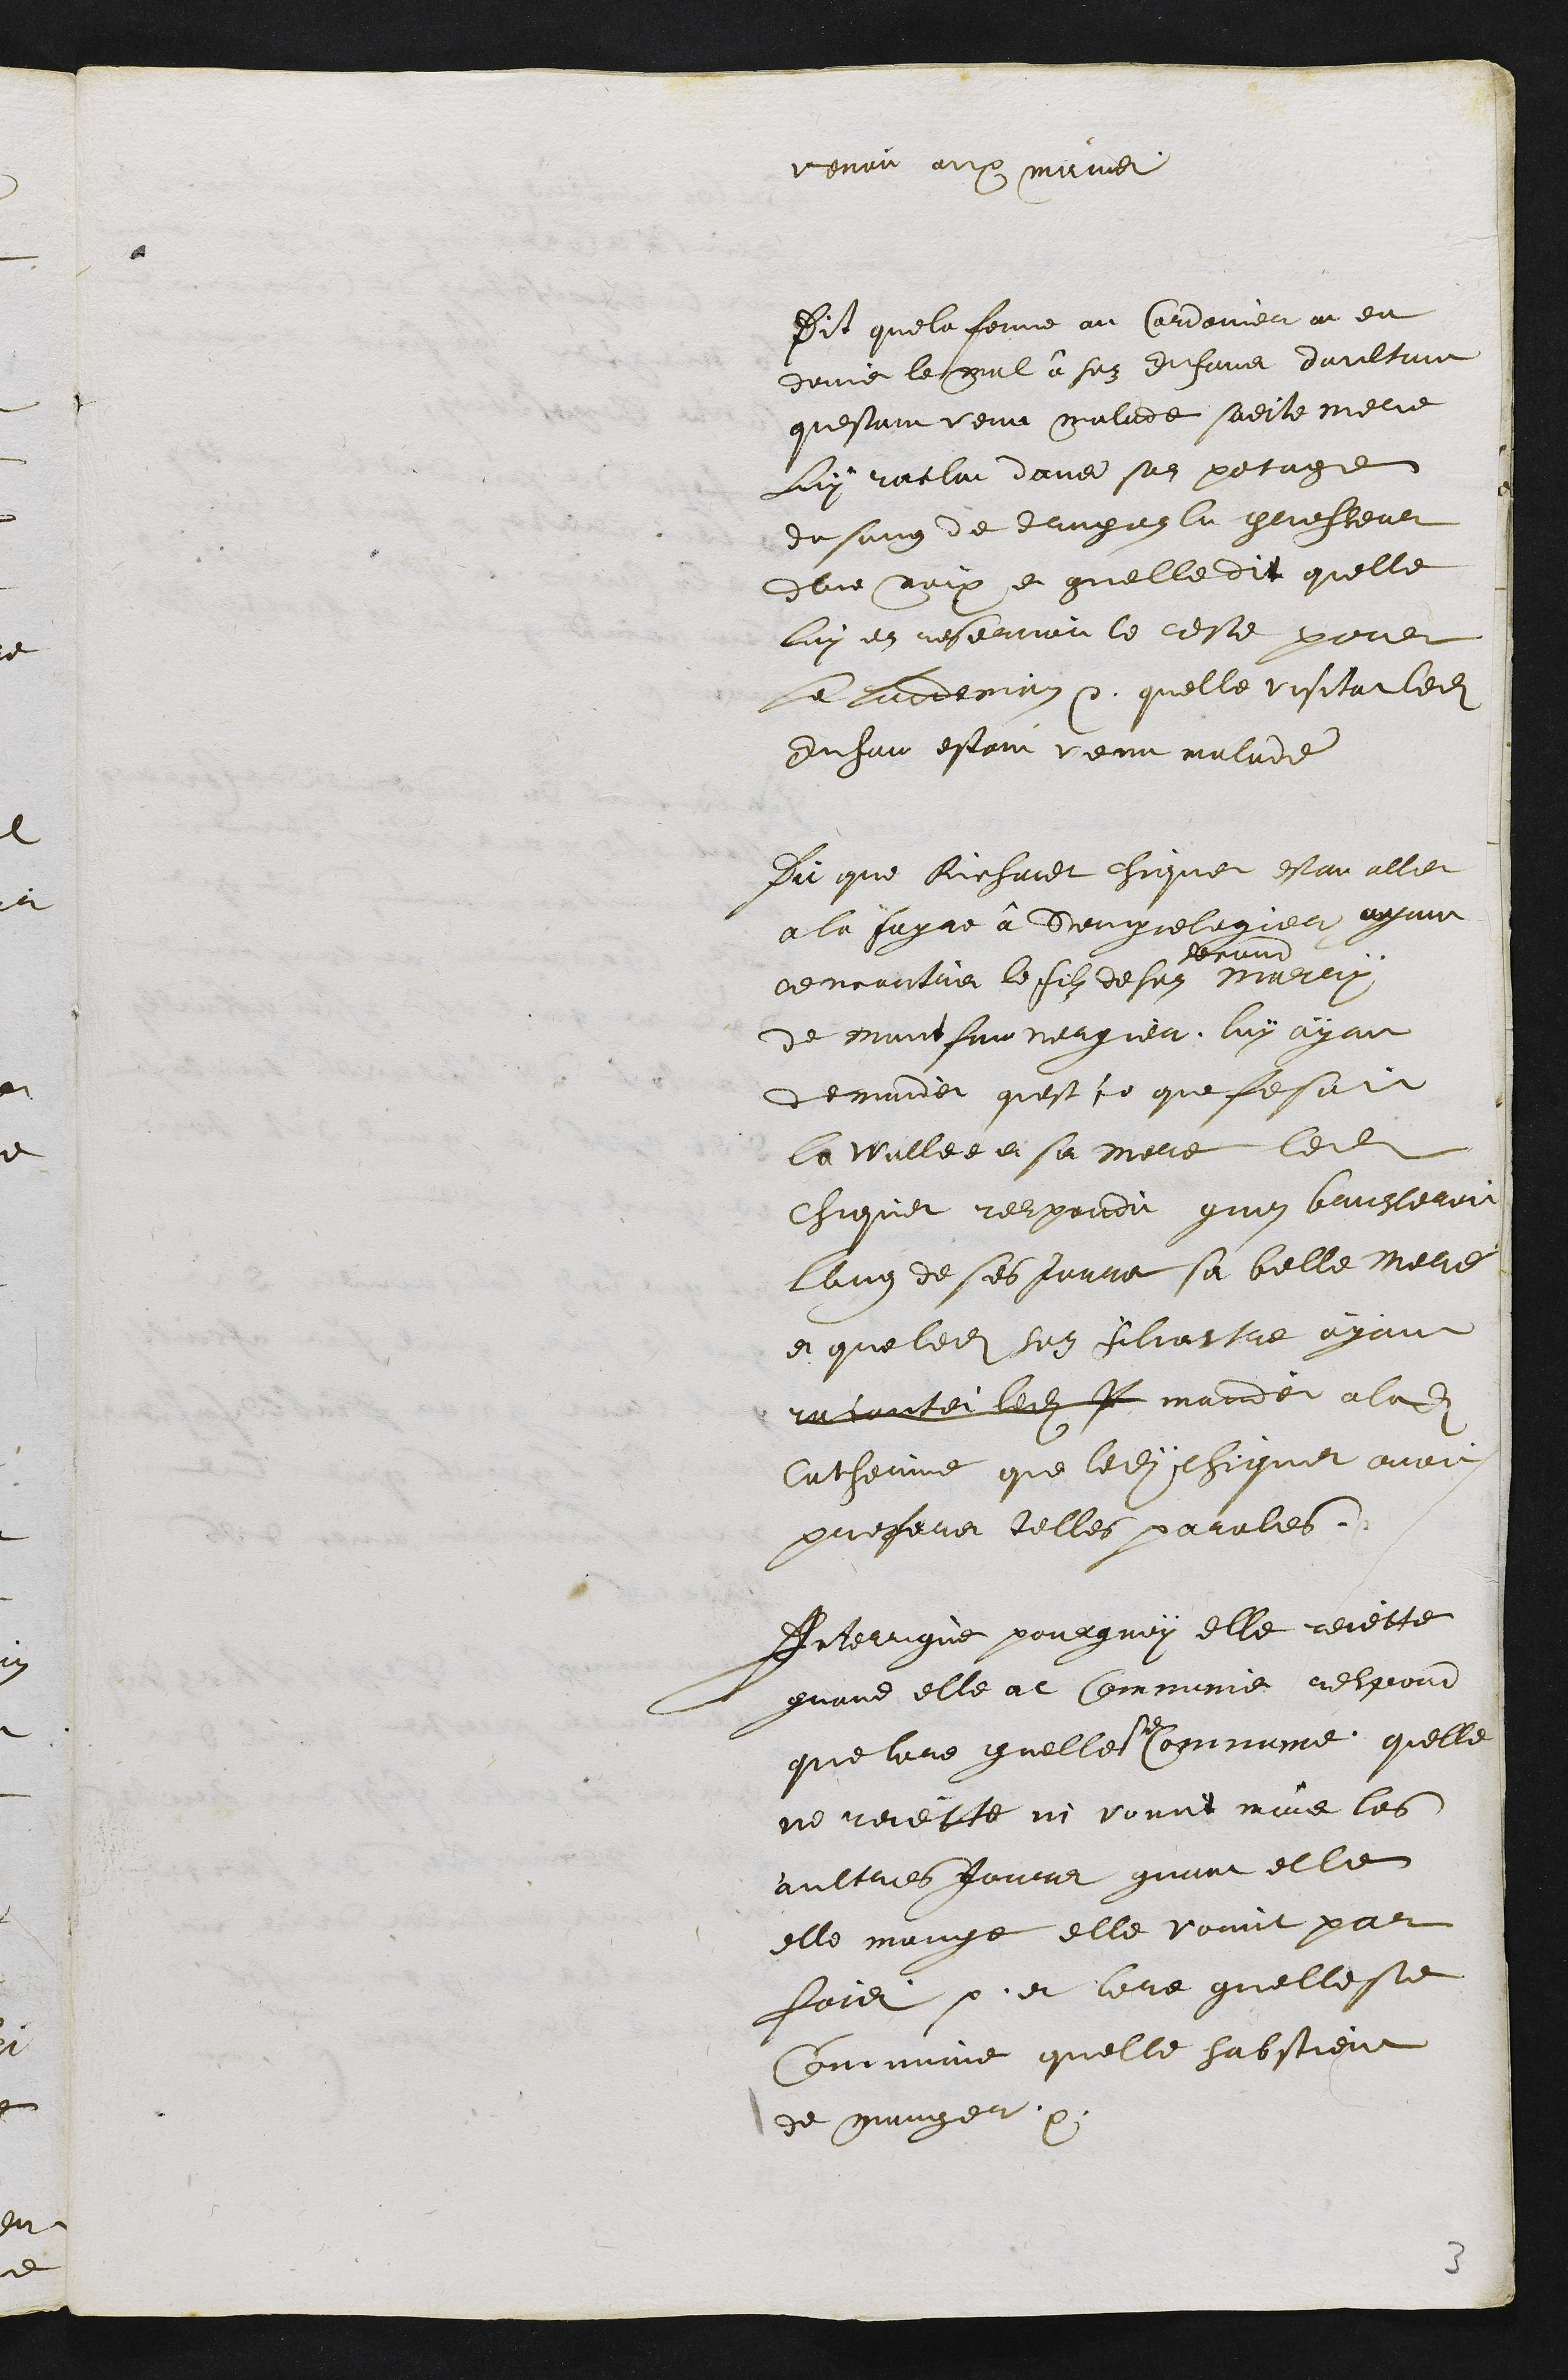
venoit aux mains
Dit que la femme au Cordonnier at eu
donné le mal â sez Enfans daultant
questant venu malade sadite mere
Luy raclat dans son potage
du sang de drugen la grosseur
dune noix et quelle dit quelle
luy en reservoit le reste pour
le landemain. quelle visitat ledit
Enfan estant venu malade
Dit que Richardt chiquet estant aller
a la foyyre â Seingnelegier ayant
rencontrer le filz de son
second
Marry
de mont fauvergier, luy ayant
demander quest ce que fesoit
la Wullee et sa mere ledit
chiquet respondit quon brusleroit
lung de ses jours sa belle mere
et que ledit filz silvestre ayant
racontei ledit P mander a ladite
Catherine que ledit chiquet avoit
proferer telles paroles.
Interrogué pourquoy elle rejette
quand elle at Communie respond
que lors quelle se Communie quelle
ne rejette ni vomit mais les
aultres Jours quant elle
elle mange elle vomit par
fois. et lors quelle se
Communie quelle sabstient
de manger
3